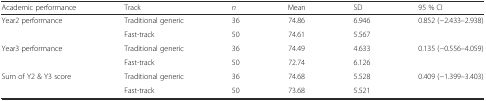
| Academic performance | Track | n | Mean | SD | 95 % CI |
 | --- | --- | --- | --- | --- | --- |
 | <ROWSPAN=2> Year2 performance | Traditional generic | 36 | 74.86 | 6.946 | 0.852 (−2.433–2.938) |
 | Fast-track | 50 | 74.61 | 5.567 |  |
 | <ROWSPAN=2> Year3 performance | Traditional generic | 36 | 74.49 | 4.633 | 0.135 (−0.556–4.059) |
 | Fast-track | 50 | 72.74 | 6.126 |  |
 | <ROWSPAN=2> Sum of Y2 & Y3 score | Traditional generic | 36 | 74.68 | 5.528 | 0.409 (−1.399–3.403) |
 | Fast-track | 50 | 73.68 | 5.521 |  |